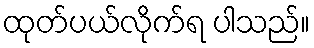
ထုတ်ပယ်လိုက်ရ ပါသည်။